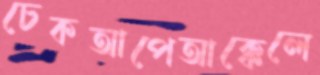
চেকআপেআক্কেলে